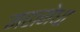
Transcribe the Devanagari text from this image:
महामेधा